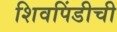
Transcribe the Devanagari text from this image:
शिवपिंडीची